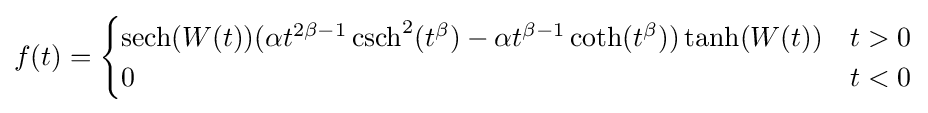
f(t)={\begin{cases}\operatorname {sech} (W(t))(\alpha t^{2\beta -1}\operatorname {csch} ^{2}(t^{\beta })-\alpha t^{\beta -1}\operatorname {coth} (t^{\beta }))\operatorname {tanh} (W(t))&t>0\\0&t<0\end{cases}}